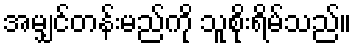
အမျှင်တန်းမည်ကို သူစိုးရိမ်သည်။